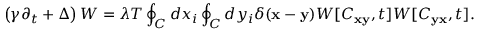
\left( \gamma \partial _ { t } + \Delta \right) W = \lambda T \oint _ { C } ^ { } d x _ { i } \oint _ { C } ^ { } d y _ { i } \delta ( { \bf x } - { \bf y } ) W [ C _ { \bf x y } , t ] W [ C _ { \bf y x } , t ] .